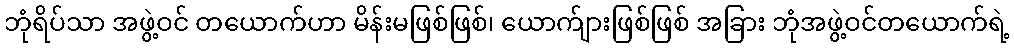
ဘုံရိပ်သာ အဖွဲ့ဝင် တယောက်ဟာ မိန်းမဖြစ်ဖြစ်၊ ယောက်ျားဖြစ်ဖြစ် အခြား ဘုံအဖွဲ့ဝင်တယောက်ရဲ့